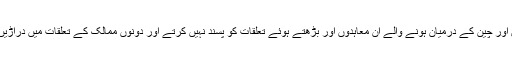
کچھ ممالک ایسے بھی ہیں جو پاکستان اور چین کے درمیان ہونے والے ان معاہدوں اور بڑھتے ہوئے تعلقات کو پسند نہیں کرتے اور دونوں ممالک کے تعلقات میں دراڑیں ڈالنے کی سازشوں میں مصروف ہیں۔